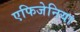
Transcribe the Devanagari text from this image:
एफिजेनिया